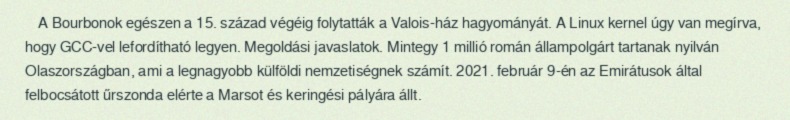
A Bourbonok egészen a 15. század végéig folytatták a Valois-ház hagyományát. A Linux kernel úgy van megírva, hogy GCC-vel lefordítható legyen. Megoldási javaslatok. Mintegy 1 millió román állampolgárt tartanak nyilván Olaszországban, ami a legnagyobb külföldi nemzetiségnek számít. 2021. február 9-én az Emirátusok által felbocsátott űrszonda elérte a Marsot és keringési pályára állt.